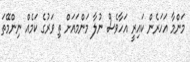
މަންމާ އަހަރެން ކައިރީ އަހާވެސް ނުލާ މަންމައަށް ތި ވަރުގެ ކަމެއް ނިންމޭތަ